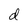
Character: d